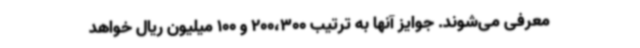
معرفی می‌شوند. جوایز آنها به ترتیب 200،300 و 100 میلیون ریال خواهد